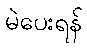
မဲပေးရန်